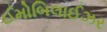
ઈમોબિલાઈઝર